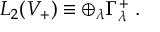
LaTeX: L _ { 2 } ( V _ { + } ) \equiv \oplus _ { \lambda } \Gamma _ { \lambda } ^ { + } \; .